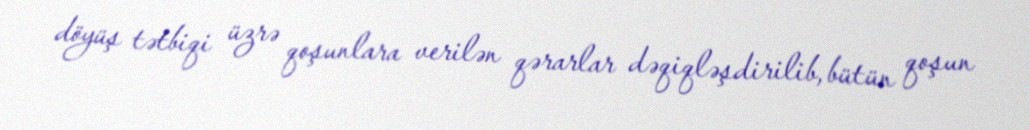
döyüş tətbiqi üzrə qoşunlara verilən qərarlar dəqiqləşdirilib, bütün qoşun